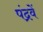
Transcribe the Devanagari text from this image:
पंद्रवें